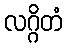
လဂ္ဂိတံ